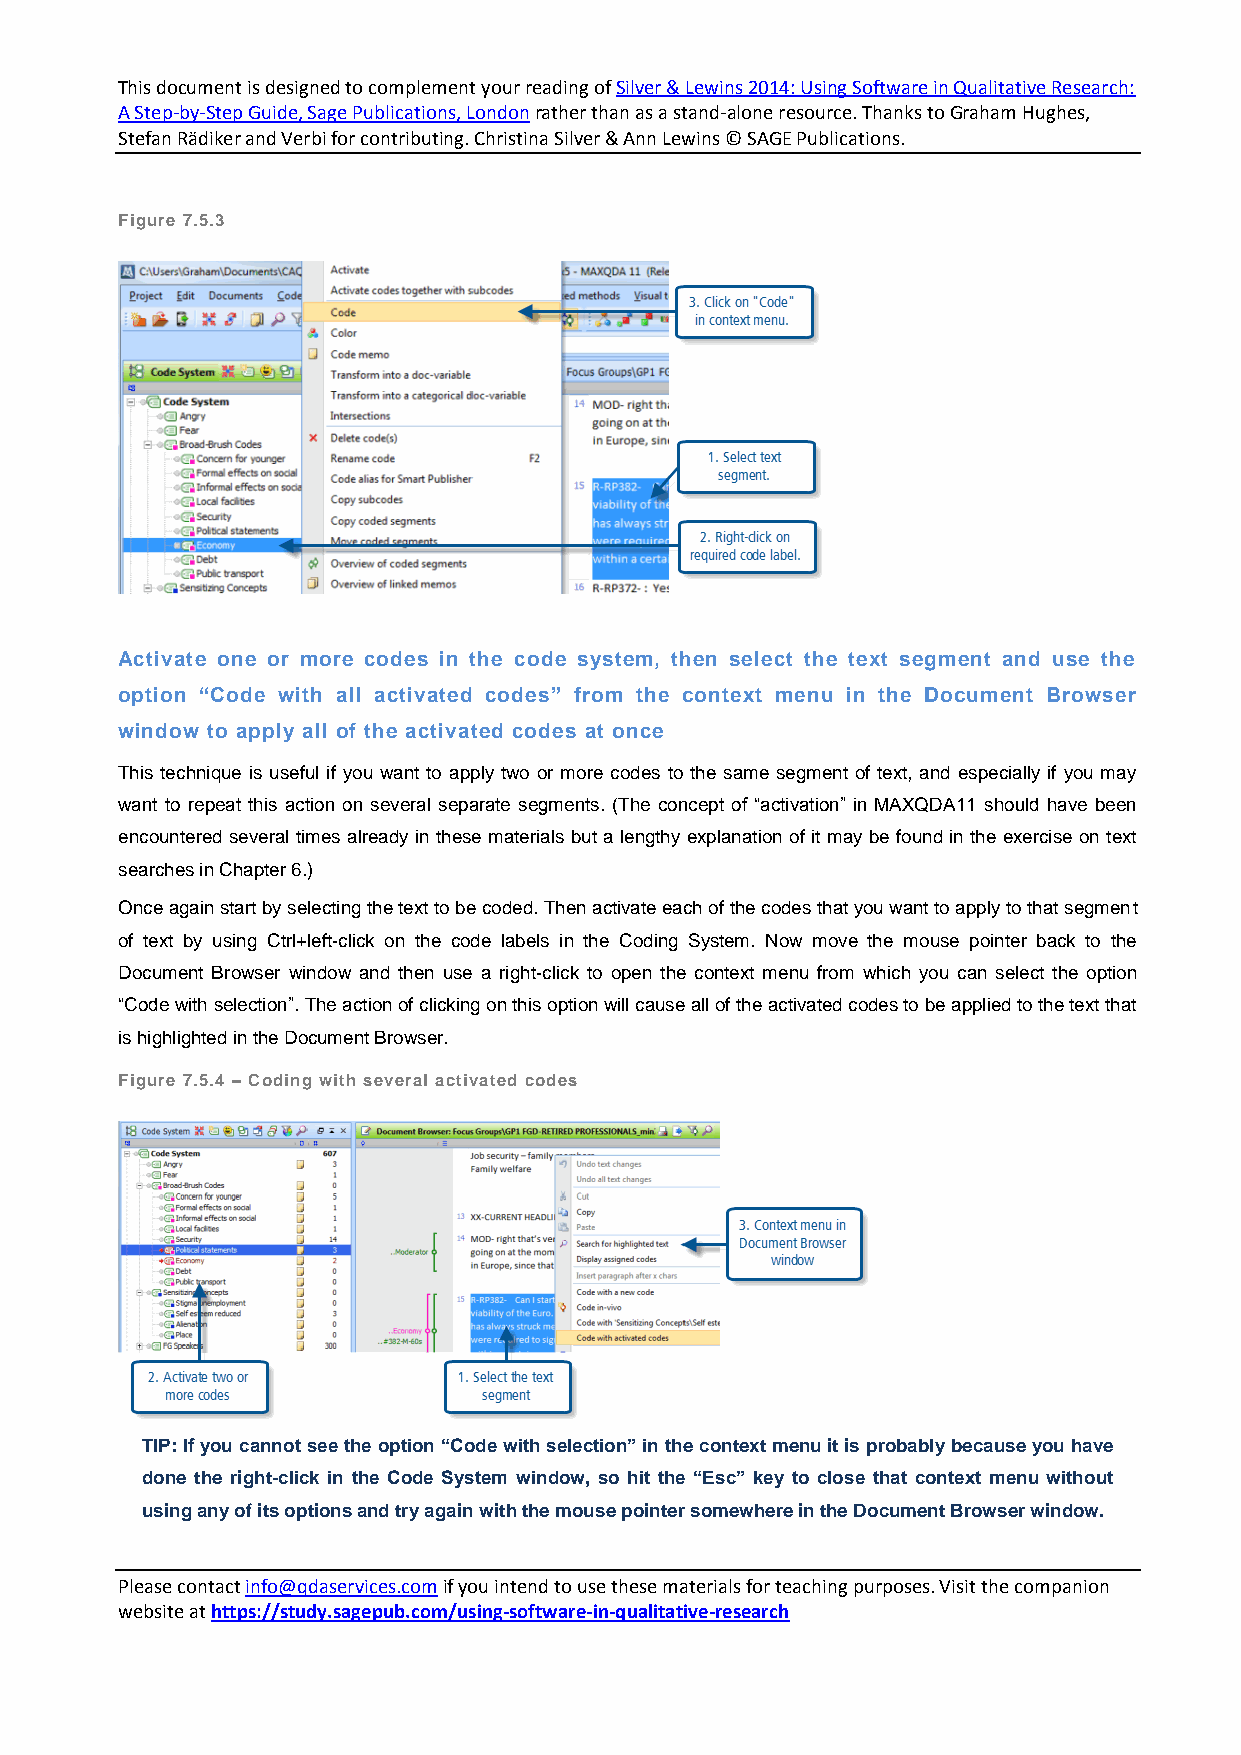
This document is designed to complement your reading of Silver & Lewins 2014: Using Software in Qualitative Research:
 A Step-by-Step Guide, Sage Publications, London rather than as a stand-alone resource. Thanks to Graham Hughes,
 Stefan Rädiker and Verbi for contributing. Christina Silver & Ann Lewins © SAGE Publications.
 Figure 7.5.3
 Activate one or more codes in the code system, then select the text segment and use the
 option “Code with all activated codes” from the context menu in the Document Browser
 window to apply all of the activated codes at once
 This technique is useful if you want to apply two or more codes to the same segment of text, and especially if you may
 want to repeat this action on several separate segments. (The concept of “activation” in MAXQDA11 should have been
 encountered several times already in these materials but a lengthy explanation of it may be found in the exercise on text
 searches in Chapter 6.)
 Once again start by selecting the text to be coded. Then activate each of the codes that you want to apply to that segment
 of text by using Ctrl+left-click on the code labels in the Coding System. Now move the mouse pointer back to the
 Document Browser window and then use a right-click to open the context menu from which you can select the option
 “Code with selection”. The action of clicking on this option will cause all of the activated codes to be applied to the text that
 is highlighted in the Document Browser.
 Figure 7.5.4 – Coding with several activated codes
 TIP: If you cannot see the option “Code with selection” in the context menu it is probably because you have
 done the right-click in the Code System window, so hit the “Esc” key to close that context menu without
 using any of its options and try again with the mouse pointer somewhere in the Document Browser window.
 Please contact info@qdaservices.com if you intend to use these materials for teaching purposes. Visit the companion
 website at https://study.sagepub.com/using-software-in-qualitative-research